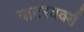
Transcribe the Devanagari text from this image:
वाटरवर्क्स